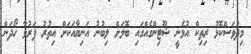
މިދުވަސްކޮޅު ރިތިކް އުޅެނީ ޝޫޓިންގެއްގައި ބޮލަށް ލިބުނު އަނިޔާއަކަށް އިތުރު ފަރުވާ ހޯދަން